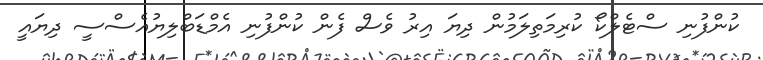
ކުންފުނި ސްޓެލްކޯ ކުރިމަތިލަމުން ދިޔަ އިރު ވެސް ފެން ކުންފުނި އެމްޑަބްލިޔުއެސްސީ ދިޔައީ